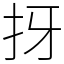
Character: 㧎